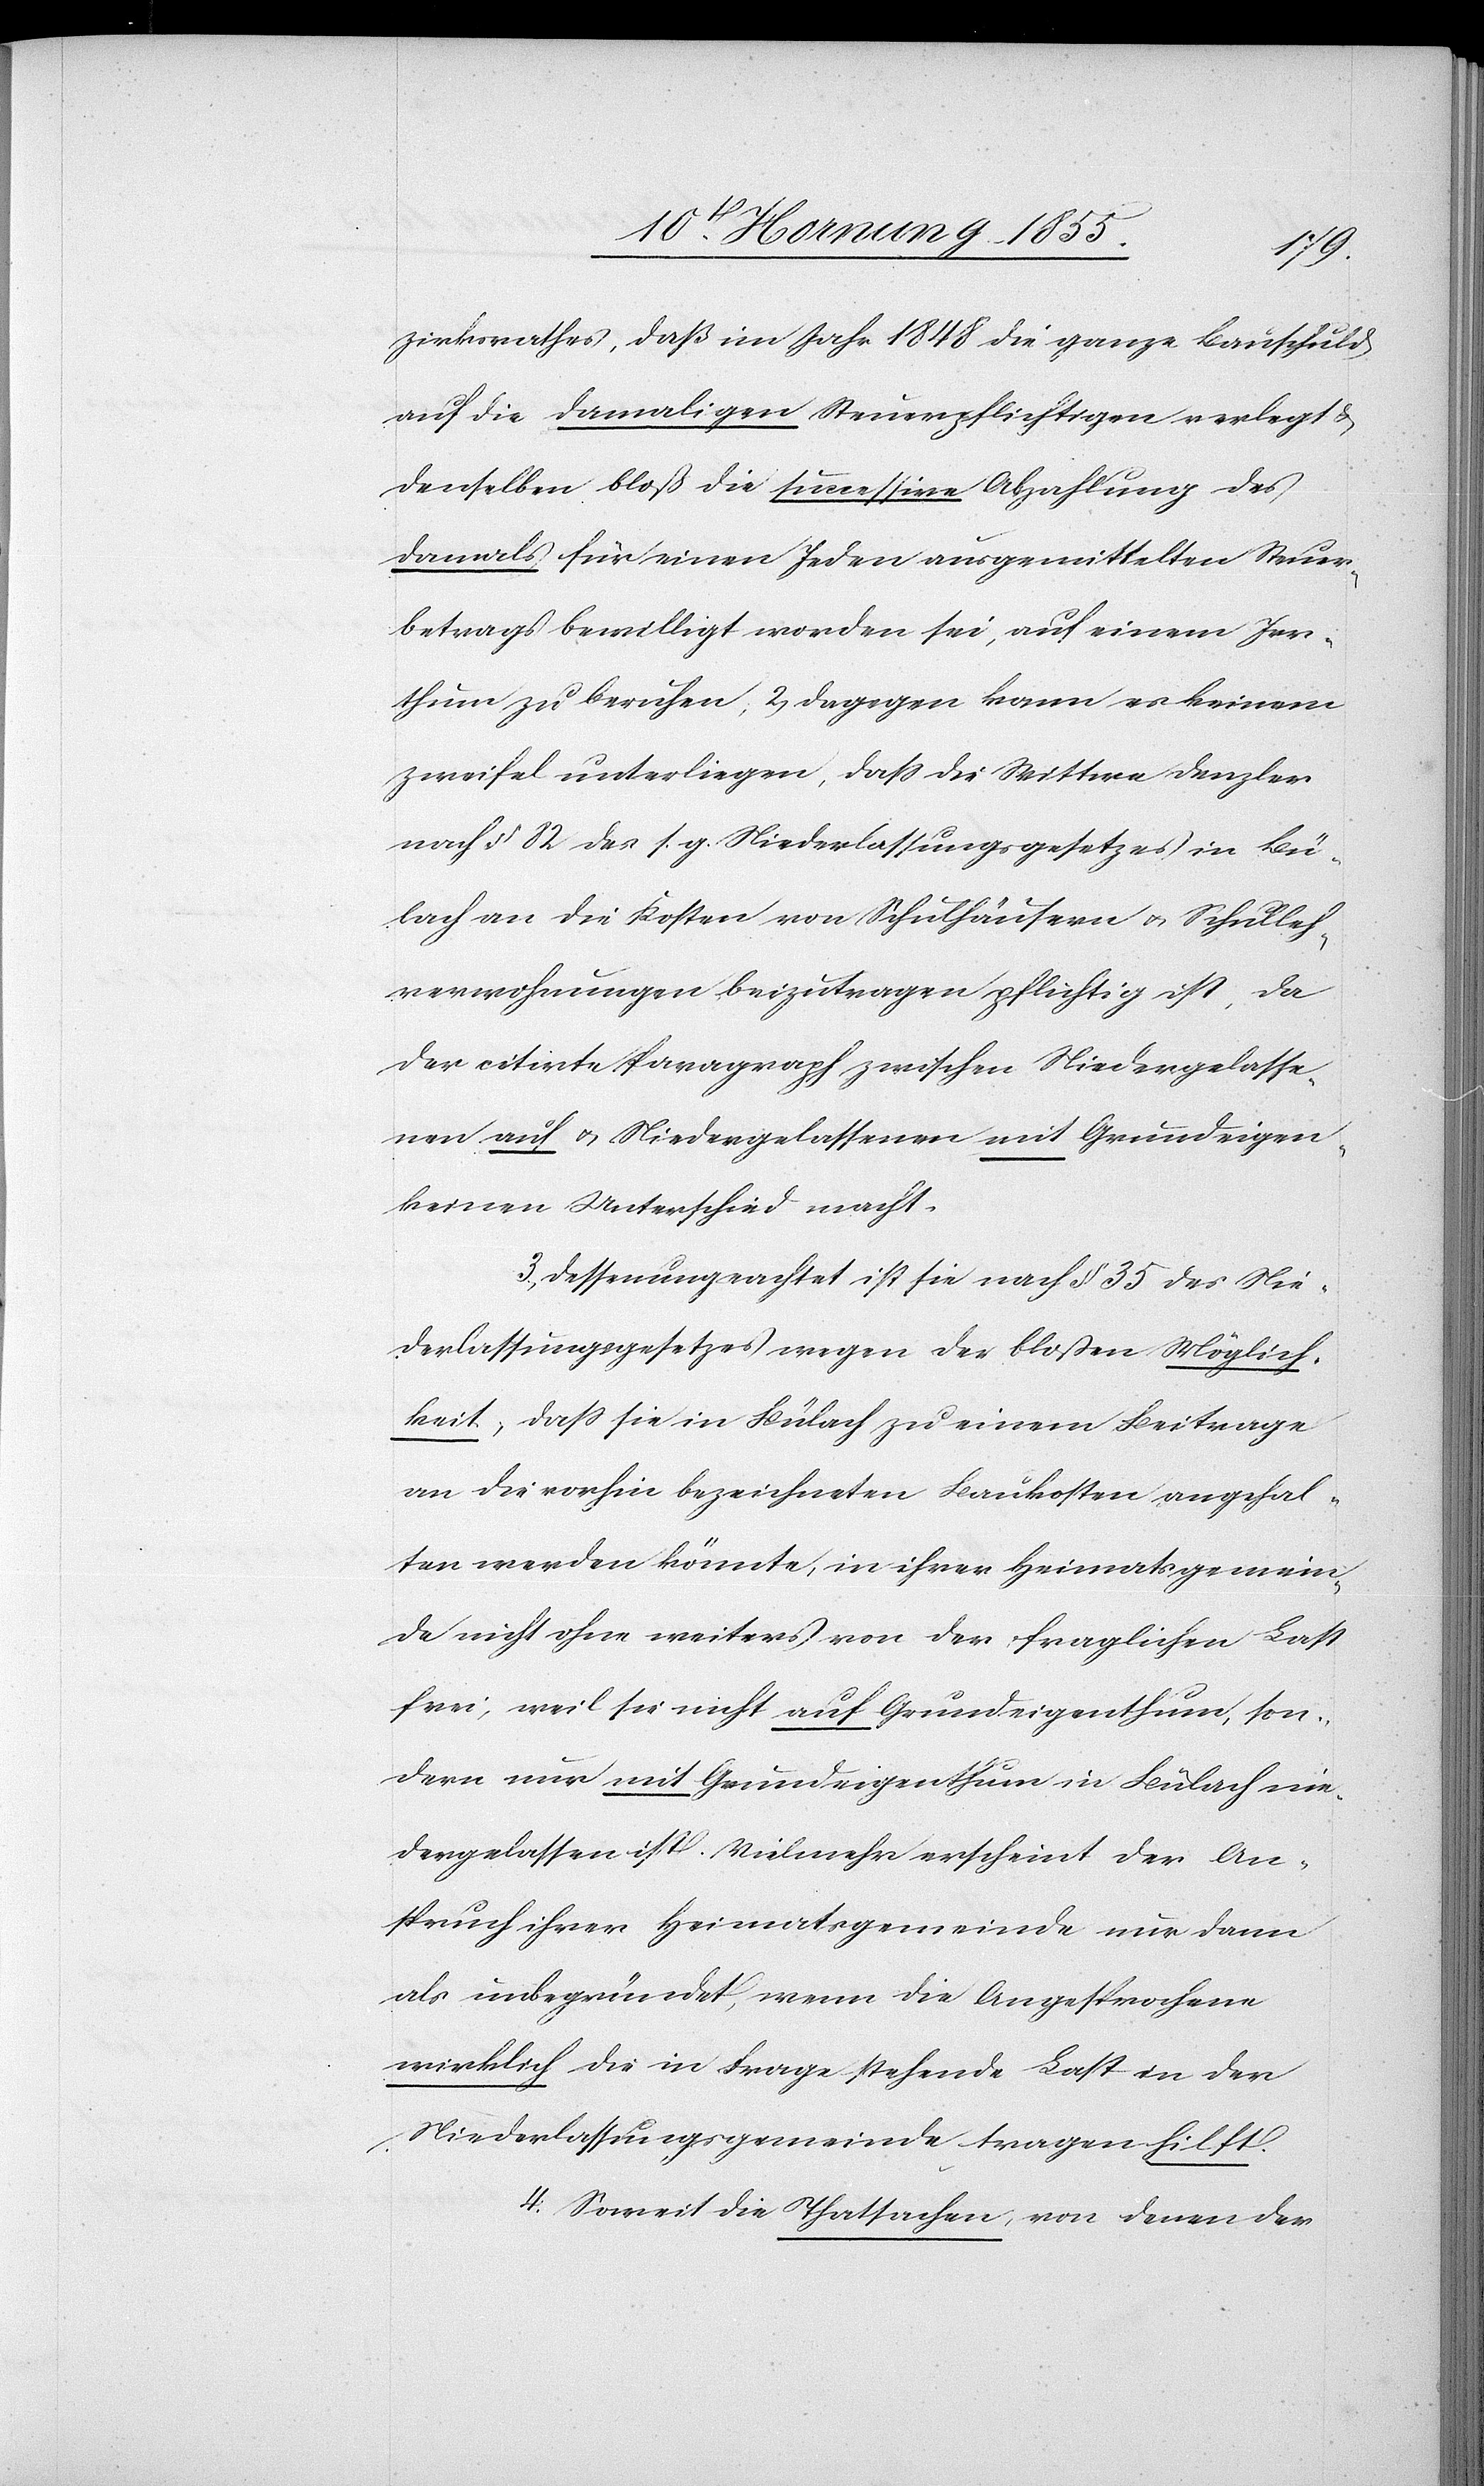
hum]
zirksrathes, daß im Jahr 1848 die ganze Bauschuld
auf die damaligen Steuerpflichtigen verlegt &
denselben bloß die successive Abzahlung des
damals für einen Jeden ausgemittelten Steuer¬
betrags bewilligt worden sei, auf einem Irr¬
Zweifel unterliegen, dass die Wittwe Denzler
nach § 82 des s. g. Niederlassungsgesetzes in Bü¬
lach an die Kosten von Schulhäusern & Schulleh¬
rerwohnungen beizutragen pflichtig ist, da
der citirte Paragraph zwischen Niedergelasse¬
nen auf & Niedergelassenen mit Grundeigen[t¬
keinen Unterschied macht.
3, Dessenungeachtet ist sie nach § 35 des Nie¬
derlassungsgesetzes wegen der bloßen Möglich¬
keit, dass sie in Bülach zu einem Beitrage
an die vorhin bezeichneten Baukosten angehal¬
ten werden könnte, in ihrer Heimatsgemein¬
de nicht ohne weiters von der fraglichen Last
frei, weil sie nicht auf Grundeigenthum, son¬
dern nur mit Grundeigenthum in Bülach nie¬
dergelassen ist. Vielmehr erscheint der An¬
spruch ihrer Heimatsgemeinde nur dann
als unbegründet, wenn die Angesprochene
wirklich die in Frage stehende Last in der
Niederlassungsgemeinde tragen hilft.
4. Soweit die Thatsachen, von denen der